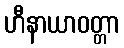
ဟီနာယာဝတ္တာ